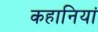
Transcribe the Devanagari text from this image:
कहानियां